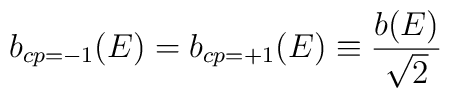
b_{cp=-1}(E)=b_{cp=+1}(E)\equiv{b(E)\over\sqrt{2}}